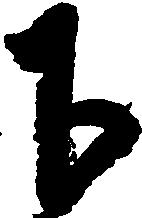
下